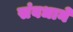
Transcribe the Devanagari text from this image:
संबधाने